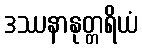
ဒဿနာနုတ္တရိယံ